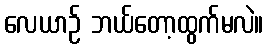
လေယာဉ် ဘယ်တော့ထွက်မလဲ။